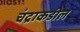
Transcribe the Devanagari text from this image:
चंद्राकडील